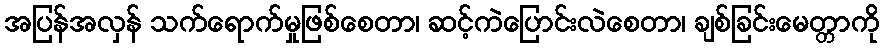
အပြန်အလှန် သက်ရောက်မှုဖြစ်စေတာ၊ ဆင့်ကဲပြောင်းလဲစေတာ၊ ချစ်ခြင်းမေတ္တာကို